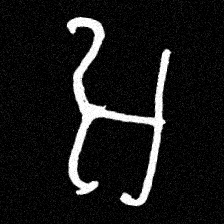
Pyu character \u2014 Myanmar letter: အ (romanized: a)